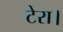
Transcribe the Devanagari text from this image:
टेरा।